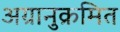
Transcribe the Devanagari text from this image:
अग्रानुक्रमित